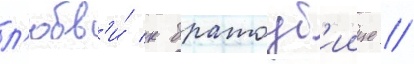
л'юбв'и́ к братоуб'иице //